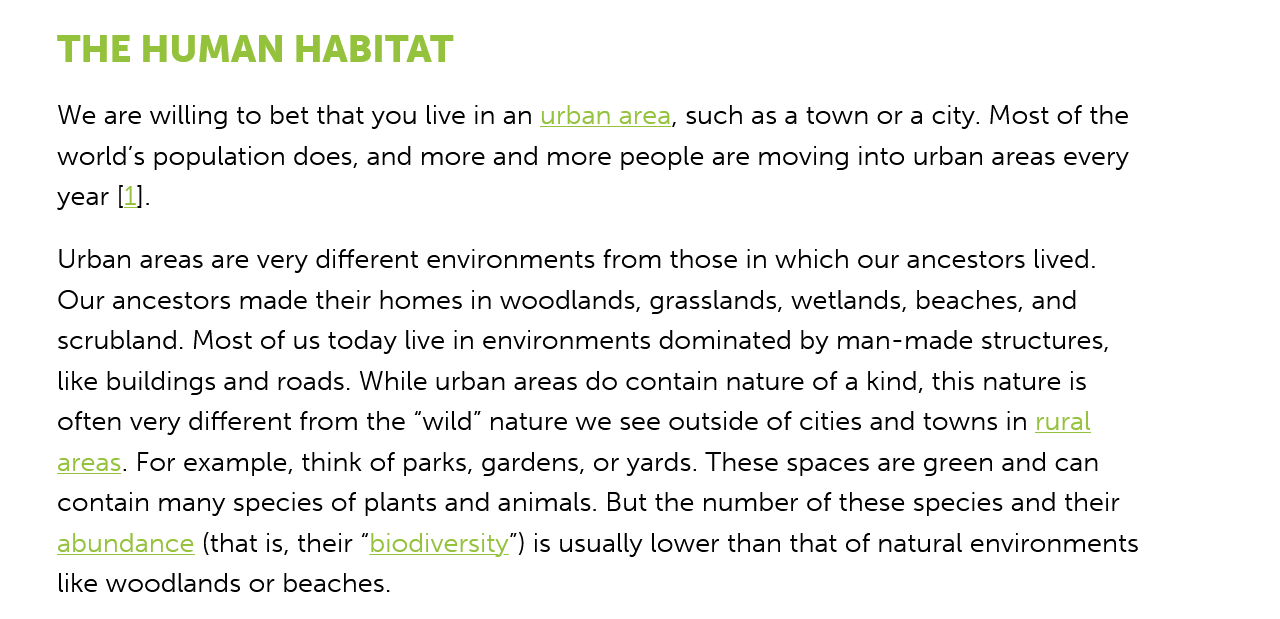
We are willing to bet that you live in an urban area, such as a town ora city. Most of the
     world’s population does, and more and more people are moving into urban areas every
     year [1].
     Urban areas are very different environments from those in which our ancestors lived.
     Our ancestors made their homes in woodlands, grasslands, wetlands, beaches, and
     scrubland. Most of us today live in environments dominated by man-made structures,
     like buildings and roads. While urban areas do contain nature of a kind, this nature is
     often very different from the “wild” nature we see outside of cities and towns in rural
     areas. For example, think of parks, gardens, or yards. These spaces are green and can
     contain many species of plants and animals. But the number of these species and their
     abundance (that is, their “biodiversity”) is usually lower than that of natural environments
     like woodlands or beaches.
     THE   HUMAN    HABITAT